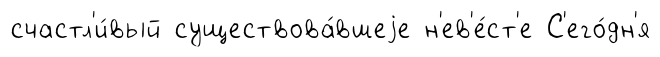
счастл'и́вый существова́вшеjе н'ев'е́ст'е С'его́дн'я